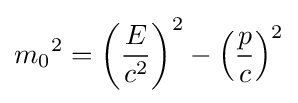
m_{0}{}^{2}=\left({\frac {E}{c^{2}}}\right)^{2}-\left({\frac {p}{c}}\right)^{2}